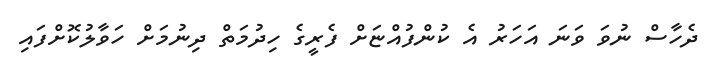
ދެހާސް ނުވަ ވަނަ އަހަރު އެ ކުންފުއްޏަށް ފެރީގެ ހިދުމަތް ދިނުމަށް ހަވާލުކޮށްފައި